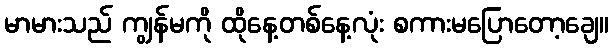
မာမားသည် ကျွန်မကို ထိုနေ့တစ်နေ့လုံး စကားမပြောတော့ချေ။